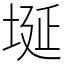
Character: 埏